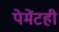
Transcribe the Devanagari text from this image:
पेमेंटही